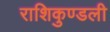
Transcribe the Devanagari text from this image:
राशिकुण्डली